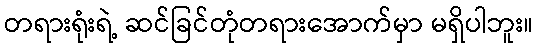
တရားရုံးရဲ့ ဆင်ခြင်တုံတရားအောက်မှာ မရှိပါဘူး။